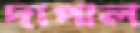
দাপাল